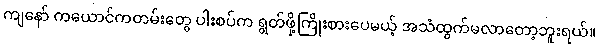
ကျနော် ကယောင်ကတမ်းတွေ ပါးစပ်က ရွတ်ဖို့ကြိုးစားပေမယ့် အသံထွက်မလာတော့ဘူးရယ်။